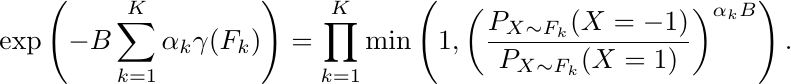
\begin{equation*}
    \exp\left(- B\sum_{k=1}^K \alpha_k \gamma(F_k)\right) = \prod_{k=1}^K \min\left(1, \left(\frac{P_{X\sim F_k}(X=-1)}{P_{X\sim F_k}(X=1)}\right)^{\alpha_k B}\right).
\end{equation*}